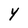
Character: Y